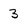
Character: 3